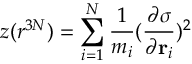
z ( r ^ { 3 N } ) = \sum _ { i = 1 } ^ { N } \frac { 1 } { m _ { i } } ( \frac { \partial \sigma } { \partial \mathbf { r } _ { i } } ) ^ { 2 }